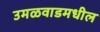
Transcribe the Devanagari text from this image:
उमळवाडमधील